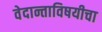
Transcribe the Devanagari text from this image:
वेदान्ताविषयीचा